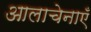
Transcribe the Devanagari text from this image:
आलाचेनाएँ